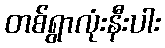
တစ်ရွာလုံးနီးပါး